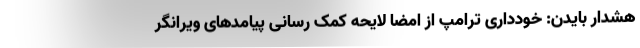
هشدار بایدن: خودداری ترامپ از امضا لایحه کمک رسانی پیامدهای ویرانگر